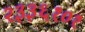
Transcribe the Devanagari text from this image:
२३३६१०१